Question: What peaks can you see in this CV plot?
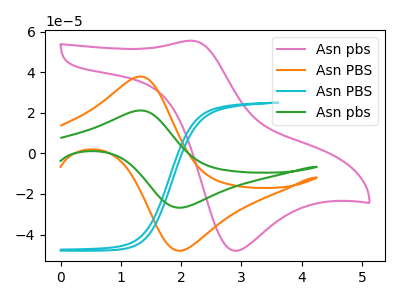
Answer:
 <answer>The pink curve "Asn pbs" has an anodic peak at (2.20V, 55.50uA) and a cathodic peak at (2.90V, -48.00uA). The orange curve "Asn PBS" has an anodic peak at (1.35V, 37.85uA) and a cathodic peak at (2.00V, -47.95uA). The cyan curve "Asn PBS" has no peaks. The green curve "Asn pbs" has an anodic peak at (1.35V, 21.15uA) and a cathodic peak at (2.00V, -26.75uA).</answer>
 <eval></eval>